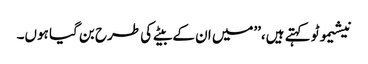
نیشیموٹو کہتے ہیں،’’میں ان کے بیٹے کی طرح بن گیا ہوں۔